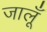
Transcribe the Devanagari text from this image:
जालूँ